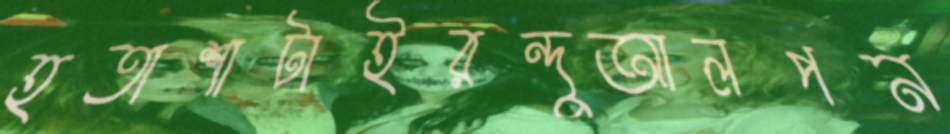
হতাশাটাইরন্দুআলপন